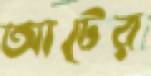
আটের